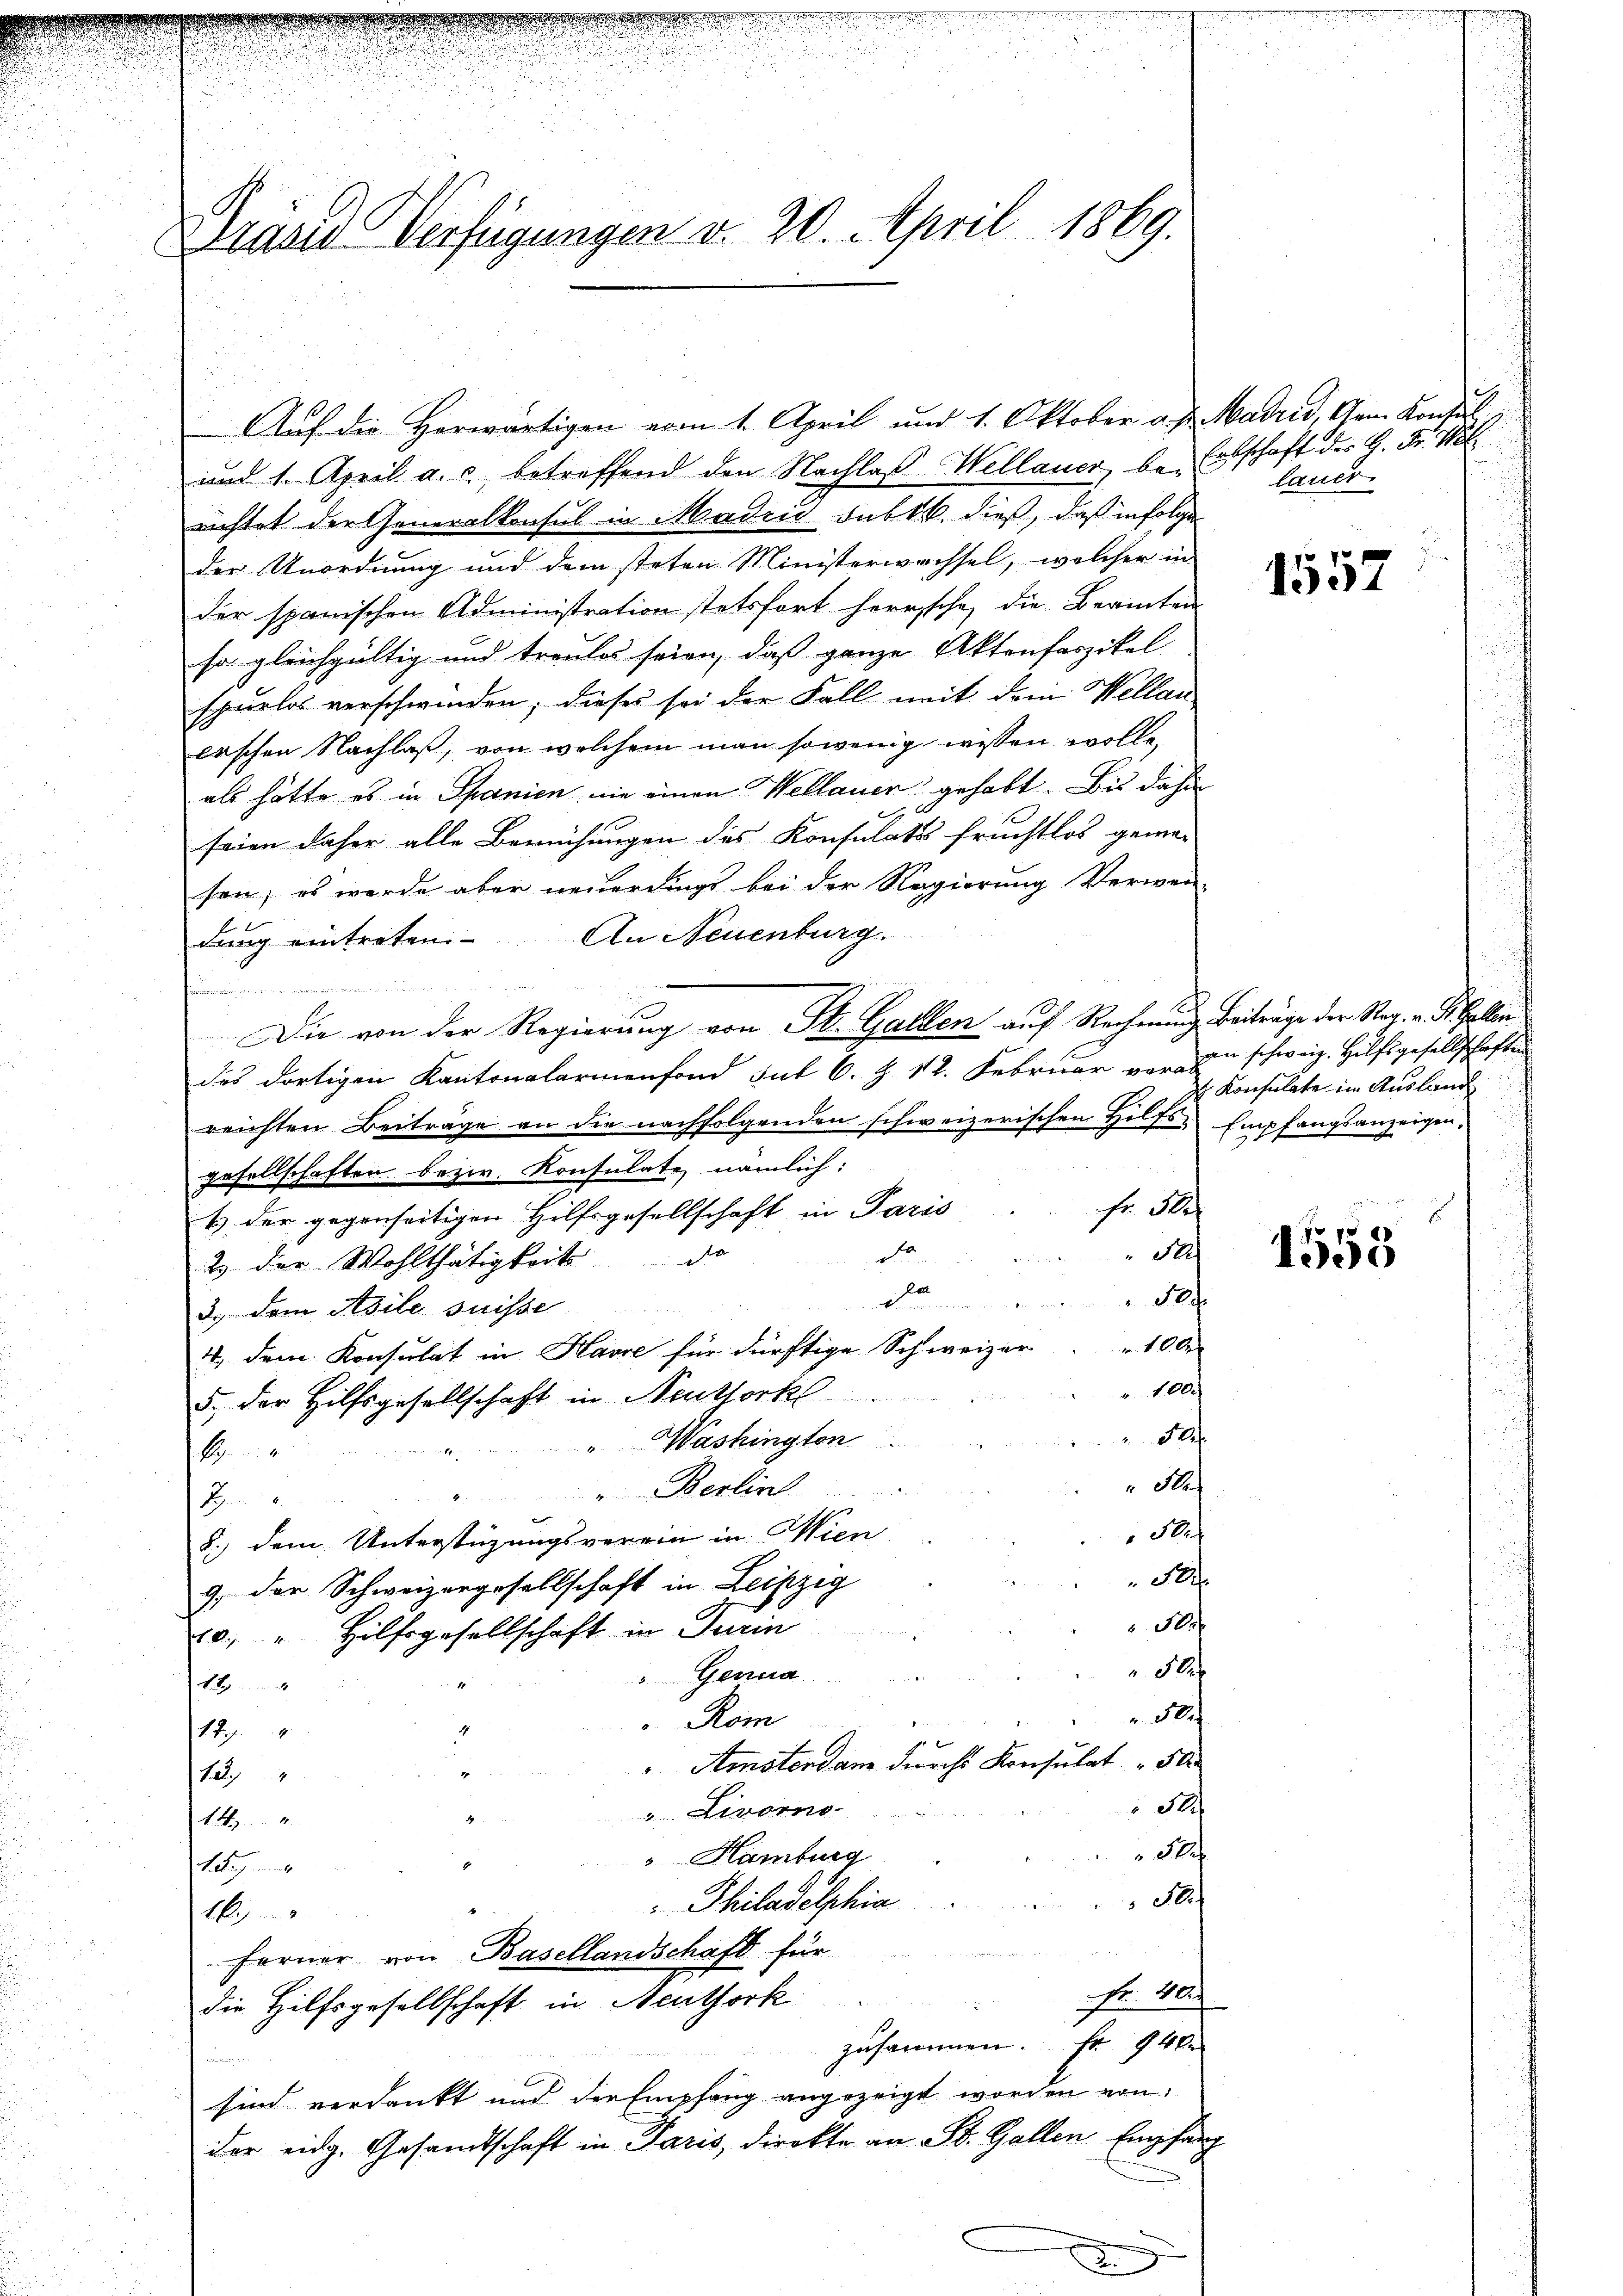
Grund Verfügungen d. 20. April 1869.

und 1. April a. c. betreffend den Nachlaß Wellauer bei Erbschaft der G. Fr. Kölrichtet der Generalkonsul in Madrid sub 16. dieß, daß infolge
der Anordnung und dem steten Ministerwachsel, welcher in
der spanischen Administration stetsfort herrsche, die Beamten
so gleichgültig und treulos seien, dass ganze Aktenfaszikel |
spurlos verschwinden; dieses sei der Fall mit dem Wellan
erschen Nachlaß, von welchem man sowenig wissen wolle,
als hätte es in Spanien nie einen Wellauer gehabt. Bis dahin
seien daher alle Bemühungen des Konsulates fruchtlos gewe-
sen; es werde aber neuerdings bei der Regierung Verwen-
dung eintreten. An Neuenburg.

Die von der Regierung von St. Gallen auf Rechnung Beiträge der Reg. v. Stellen
des dortigen Kantonalarmenfond Gut C. Z. 12. Februar vor zu schweiz. Hilfsgesellschaften
reichten Beiträge an die nachfolgenden schweizerischen Helfs Empfangsanzeigen,
gesellschaften bezw. Konsulate nämlich:
Fr. 50
1) der gegenseitigen Hilfsgesellschaft in Paris
Fr
5
2.) der Wohlthätigkeit de
80
3., dem Asile suisse
4., dem Konsulat in Havre für dürftige Schweizer. 100
1000
5., der Hilfsgesellschaft in Neuthork
Plf
". Washington
k
Hef
"Berlin
P
Perf
8.) dem Unterstüzungsverein in Wien
Pe
9. der Schweizergesellschaft in Leipzig
 Fle
20.) " Hilfsgesellschaft in Turin
Sle
" Genua
A
 Pr
Rom
17.7.
Amotordam durch Konsulat " 50
12
Se
"Livorno
14
P
Hamburg
t
Sch
u
Philadelphia
1
Ferner von Basellandschaft für
 4
die Hilfsgesellschaft in Neuthork
zusammen. Er 94
eini
sind verdankt und der Empfang angezeigt worden von
Der eidg. Gesamtschaft in Paris, direkte an St. Gallen Empfang

Auf die Horwärtigen vom 1. April und 1. Oktober v. J. Madrid, Gem. Kontal

landt.

p 20
1552

Konsulate im Ausland

p
1505